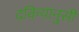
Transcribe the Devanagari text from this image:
दकियानुसी